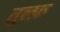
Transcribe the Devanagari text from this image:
तुल्फ़